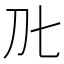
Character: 𭃃